Reports on dispensaries and lunatic asylums in the Province of Oudh - 1869-1876
Year: 1869
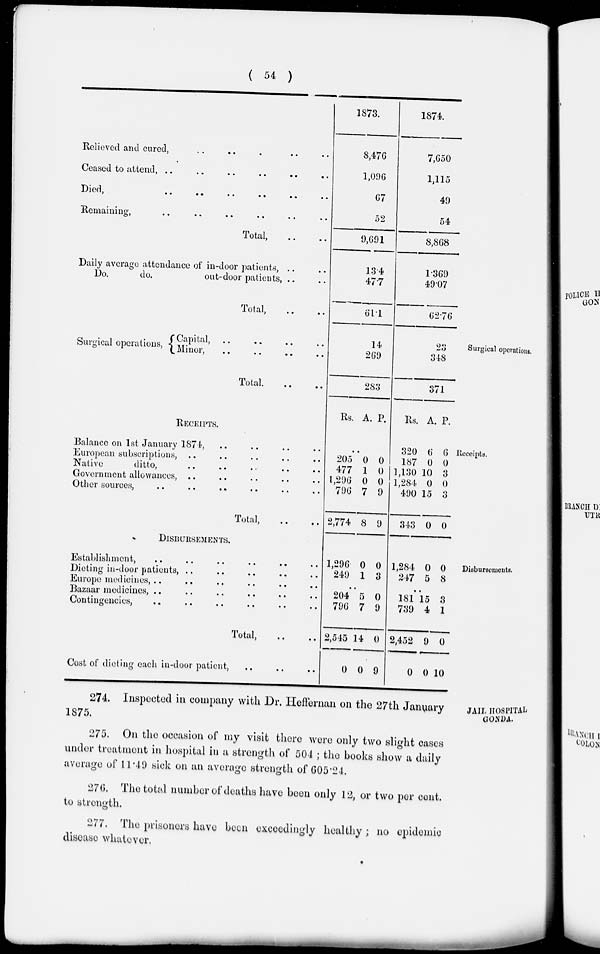
( 54 )
Relieved and cured, .. .. . .. ..
Ceased to attend, .. .. .. .. .. ..
Died, .. .. .. .. .. ..
Remaining, .. .. .. .. .. ..
Total, .. ..
Daily average attendance of in-door patients, .. ..
Do.
do.
out-door patients, .. ..
Total, .. ..
1873.
8,476
1,096
67
52
9,691
13.4
47.7
61.1
1874.
7,650
1,115
49
54
8,868
1.369
49.07
62.76
Surgical operations.
Surgical operations,
Capital, .. .. .. ..
Minor, .. .. .. ..
Total. .. ..
14
269
283
23
348
371
Receipts.
RECEIPTS.
Balance on 1st January 1874, .. .. .. ..
European subscriptions, .. .. .. .. ..
Native
ditto, .. .. .. .. ..
Government allowances, .. .. .. .. ..
Other sources, .. .. .. .. .. ..
Total, .. ..
Rs. A. P.
..
205
477
1,296
796
2,774
0
1
0
7
8
0
0
0
9
9
Rs. A. P.
320
187
1,130
1,284
490
343
6
0
10
0
15
0
6
0
3
0
3
0
Disbursements.
DISBURSEMENTS.
Establishment, .. .. .. .. .. ..
Dieting in-door patients, .. .. .. .. ..
Europe medicines, .. .. .. .. .. ..
Bazaar medicines, .. .. .. .. .. ..
Contingencies, .. .. .. .. .. ..
Total, .. ..
Cost of dieting each in-door patient, .. .. ..
1,296
249
0
1
0
3
..
204
796
2,545
0
5
7
14
0
0
9
0
9
1,284
247
0
5
0
8
..
181
739
2,452
0
15
4
9
0
3
1
0
10
JAIL HOSPITAL
GONDA.
274. Inspected in company with Dr. Heffernan on the 27th January
1875.
275. On the occasion of my visit there were only two slight cases
under treatment in hospital in a strength of 504 ; the books show a daily
average of 11.49 sick on an average strength of 605.24.
276. The total number of deaths have been only 12, or two per cent.
to strength.
277. The prisoners have been exceedingly healthy ; no epidemic
disease whatever.